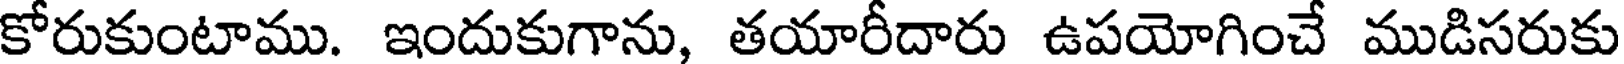
కోరుకుంటాము. ఇందుకుగాను, తయారీదారు ఉపయోగించే ముడిసరుకు